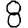
Digit: 8